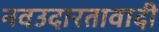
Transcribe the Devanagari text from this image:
नवउदारतावादी